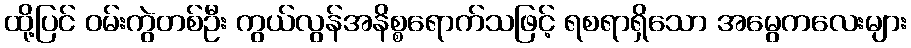
ထို့ပြင် ဝမ်းကွဲတစ်ဦး ကွယ်လွန်အနိစ္စရောက်သဖြင့် ရစရာရှိသော အမွေကလေးများ